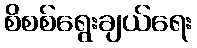
စိစစ်ရွေးချယ်ရေး